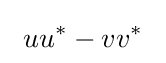
~uu^{*}-vv^{*}~